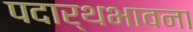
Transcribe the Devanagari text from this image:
पदार्थभावना